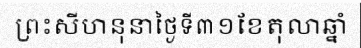
ព្រះសីហនុនាថ្ងៃទី៣១ខែតុលាឆ្នាំ